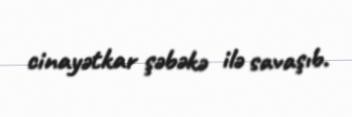
cinayətkar şəbəkə ilə savaşıb.